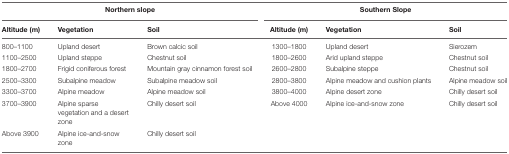
| <COLSPAN=3> Northern slope | <COLSPAN=3> Southern Slope |
 | Altitude (m) | Vegetation | Soil | Altitude (m) | Vegetation | Soil |
 | --- | --- | --- | --- | --- | --- |
 | 800–1100 | Upland desert | Brown calcic soil | 1300–1800 | Upland desert | Sierozem |
 | 1100–2500 | Upland steppe | Chestnut soil | 1800–2600 | Arid upland steppe | Chestnut soil |
 | 1800–2700 | Frigid coniferous forest | Mountain gray cinnamon forest soil | 2600–2800 | Subalpine steppe | Chestnut soil |
 | 2500–3300 | Subalpine meadow | Subalpine meadow soil | 2800–3800 | Alpine meadow and cushion plants | Alpine meadow soil |
 | 3300–3700 | Alpine meadow | Alpine meadow soil | 3800–4000 | Alpine desert zone | Chilly desert soil |
 | 3700–3900 | Alpine sparse vegetation and a desert zone | Chilly desert soil | Above 4000 | Alpine ice-and-snow zone | Chilly desert soil |
 | Above 3900 | Alpine ice-and-snow zone | Chilly desert soil |  |  |  |